Punjab Mental Hospital Lahore 1922-31 - 1922-1931
Year: 1922
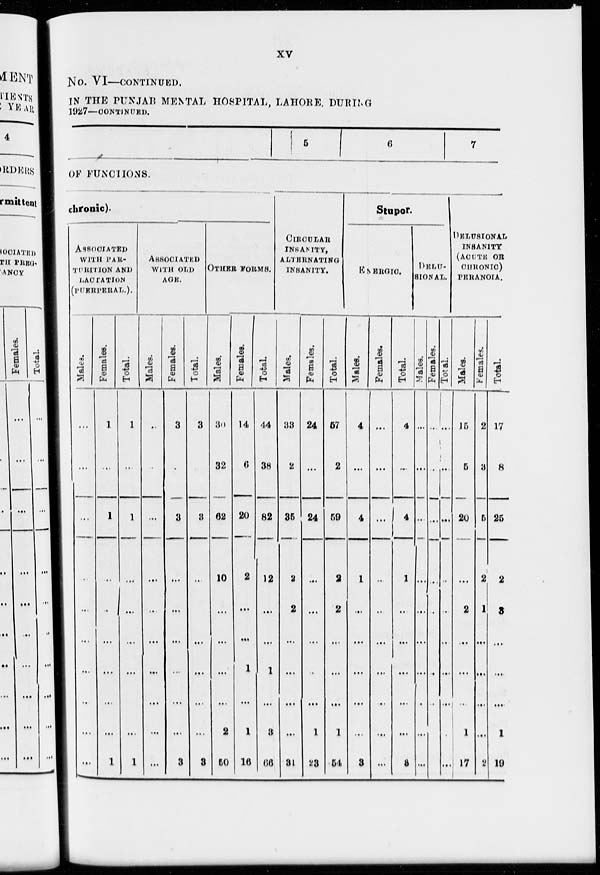
xv
No. VI—CONTINUED.
IN THE PUNJAB MENTAL HOSPITAL, LAHORE, DURING
1927—CONTINUED.
5
6
7
OF FUNCTIONS
chronic).
ASSOCIATED
WITH PAR-
TURITION AND
LACTATION
(PUERPERAL.).
Males.
...
...
...
...
...
...
...
...
...
...
Females.
1
...
1
...
...
...
...
...
...
1
Total.
1
...
1
...
...
...
...
...
...
1
ASSOCIATED
WITH OLD
AGE.
Males.
...
...
...
...
...
...
...
...
...
...
Females.
3
...
3
...
...
...
...
...
...
3
Total.
3
...
8
...
...
...
...
...
3
OTHER FORMS.
Males.
30
32
62
10
...
...
...
...
2
50
Females.
14
6
20
2
...
...
1
...
1
16
Total.
44
38
82
12
...
...
1
...
3
66
CIRCULAR
INSANITY,
ALTERNATING
INSANITY.
Males.
33
2
35
2
2
...
...
...
...
31
Females.
24
...
24
...
...
...
...
...
1
23
Total.
57
2
59
2
2
...
...
...
1
54
Stupor.
ENERGIC.
Males.
4
...
4
1
...
...
...
...
...
3
Females.
...
...
...
...
...
...
...
...
...
...
Total.
4
...
4
1
...
...
...
...
...
3
DELUSIONAL.
Males.
...
...
...
...
...
...
...
...
...
...
Females.
...
...
...
...
...
...
...
...
...
...
Total.
...
...
...
...
...
...
...
...
...
...
DELUSIONAL
INSANITY
(ACUTE OR
CHRONIC)
PERANOIA.
Males.
15
5
20
...
2
...
...
...
1
17
Females.
2
3
5
2
1
...
...
...
...
2
Total.
17
8
25
2
3
...
...
...
1
19